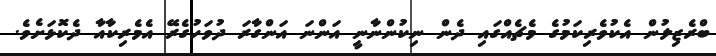
ބްރެޒިލުން އެކުވެރިކަމުގެ މެޗެއްގައި ދެން ނިކުންނާނީ އަންނަ އަންގާރަ ދުވަހުގެރޭ އެމެރިކާއާ ދެކޮޅަށެވެ.